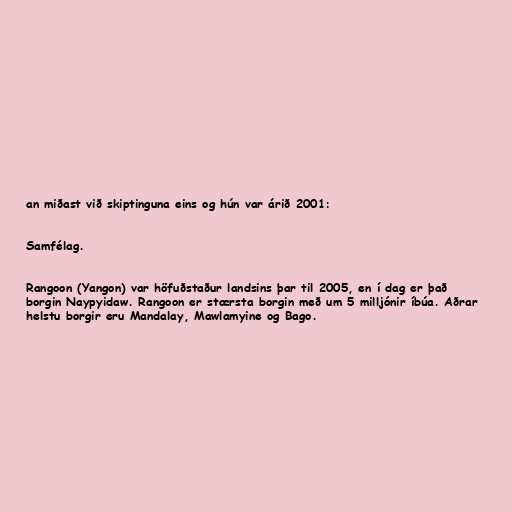
an miðast við skiptinguna eins og hún var árið 2001:

Samfélag.

Rangoon (Yangon) var höfuðstaður landsins þar til 2005, en í dag er það
borgin Naypyidaw. Rangoon er stærsta borgin með um 5 milljónir íbúa. Aðrar
helstu borgir eru Mandalay, Mawlamyine og Bago.